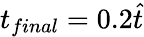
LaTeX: t_{final}=0.2\hat{t}